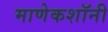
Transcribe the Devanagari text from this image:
माणेकशॉनी